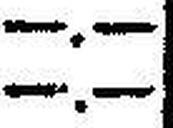
—.—